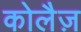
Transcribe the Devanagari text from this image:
कोलैज़